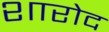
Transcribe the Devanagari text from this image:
शारोद